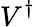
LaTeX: V^{\dagger}